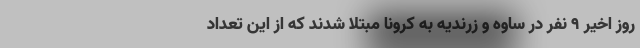
روز اخیر ۹ نفر در ساوه و زرندیه به کرونا مبتلا شدند که از این تعداد